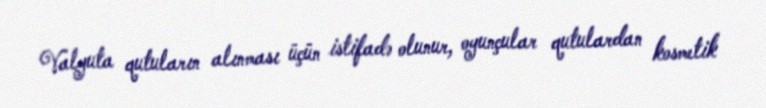
Valyuta qutuların alınması üçün istifadə olunur, oyunçular qutulardan kosmetik